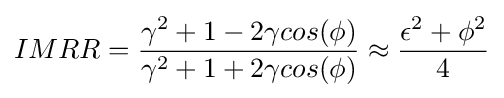
IMRR={\frac {\gamma ^{2}+1-2\gamma cos(\phi )}{\gamma ^{2}+1+2\gamma cos(\phi )}}\approx {\frac {\epsilon ^{2}+\phi ^{2}}{4}}